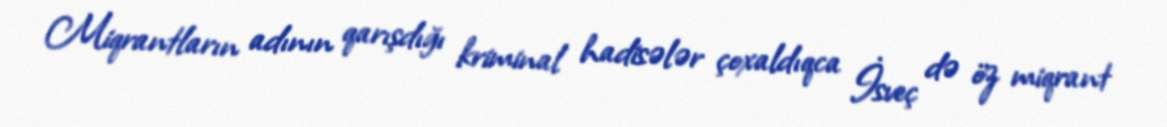
Miqrantların adının qarışdığı kriminal hadisələr çoxaldıqca İsveç də öz miqrant